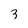
Character: z